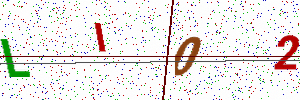
Text: LI02